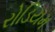
રોડિયમ